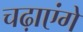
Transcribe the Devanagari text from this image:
चढ़ाएंगे